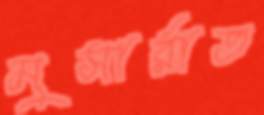
মুসার্রাত